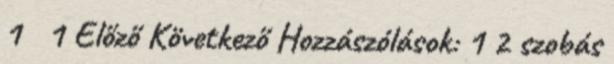
1 1 Előző Következő Hozzászólások: 1 2 szobás